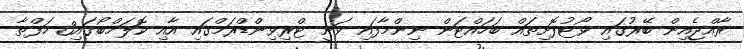
ރާއްޖެއިން ބޭރުގައި ވޯޓުފޮށިތައް ބަހައްޓަން ނިންމާފައި ވަނީ ޓްރިވިންޑްރަމްގައި އާއި ކޮލަމްބޯގައި3 ހަފްތާ